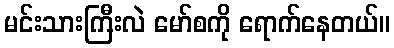
မင်းသားကြီးလဲ မော်စကို ရောက်နေတယ်။